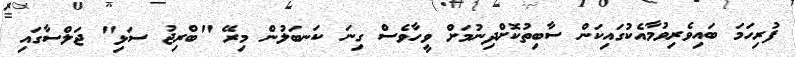
ފުރިހަމަ ބައިވެރިވުމާއެކުގައިކަން ސާބިތުކޮށްދިނުމަށް ވީހާވެސް ގިނަ ކަނބަލުން މިރޭ "ބްރިޖު ސަޅި" ޖަލްސާގައި